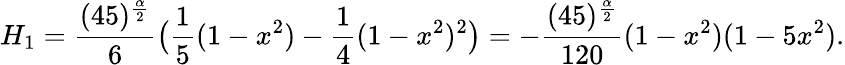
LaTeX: H_{1}=\frac{(45)^{\frac\alpha 2}}{6}\big(\frac{1}{5}(1-x^{2})-\frac{1}{4}(1-x^{2})^{2}\big)=-\frac{(45)^{\frac\alpha 2}}{120}(1-x^{2})(1-5x^{2}).